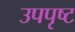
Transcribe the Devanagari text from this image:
उपपृष्ट